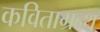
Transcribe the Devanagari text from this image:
कविताग्रन्थ